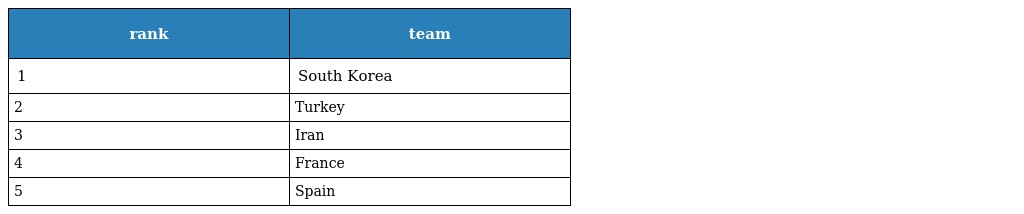
| rank | team |
 | --- | --- |
 | 1 | South Korea |
 | 2 | Turkey |
 | 3 | Iran |
 | 4 | France |
 | 5 | Spain |